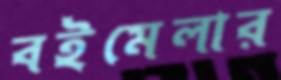
বইমেলার